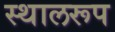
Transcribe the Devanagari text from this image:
स्थालरूप